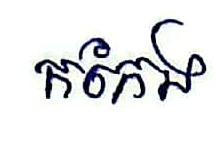
កកែង